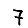
Digit: 7